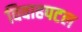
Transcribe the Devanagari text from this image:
विवाहपटल